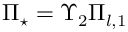
\Pi _ { \star } = \Upsilon _ { 2 } \Pi _ { l , 1 }